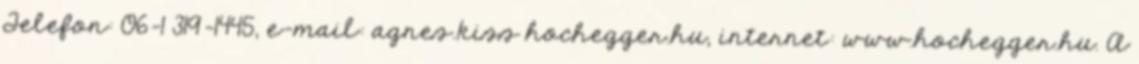
Telefon: 06-1 319-1445, e-mail: agnes.kiss hochegger.hu, internet: www.hochegger.hu. A